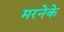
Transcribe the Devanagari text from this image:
मरनेके